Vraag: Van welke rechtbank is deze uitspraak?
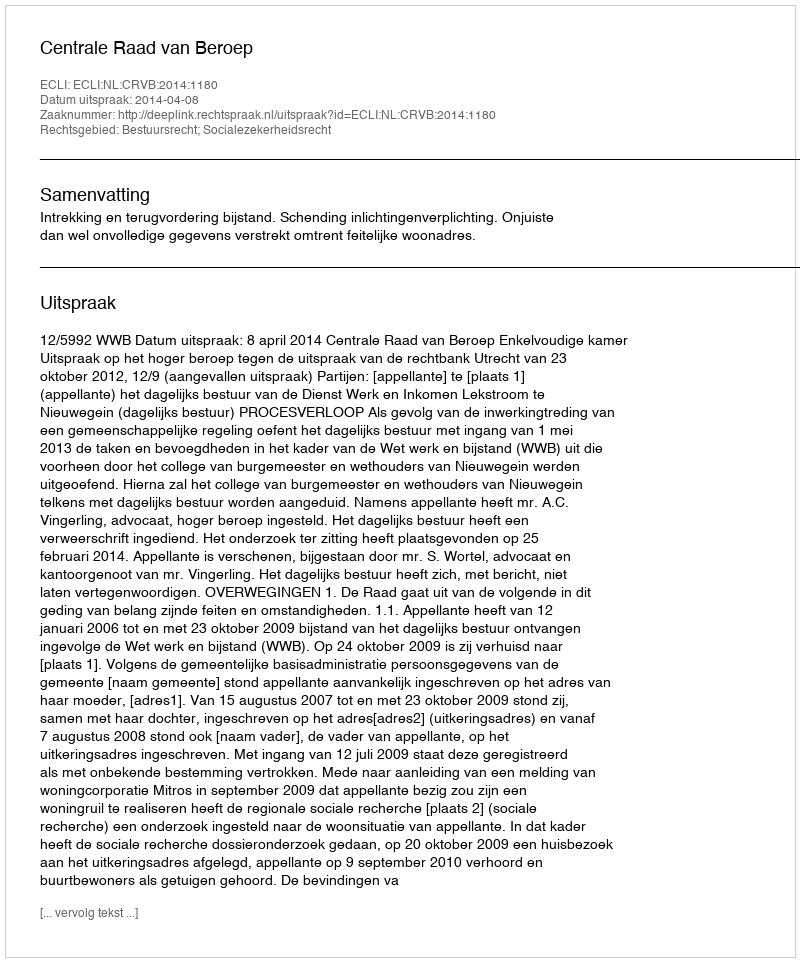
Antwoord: Centrale Raad van Beroep